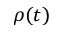
\rho ( t )